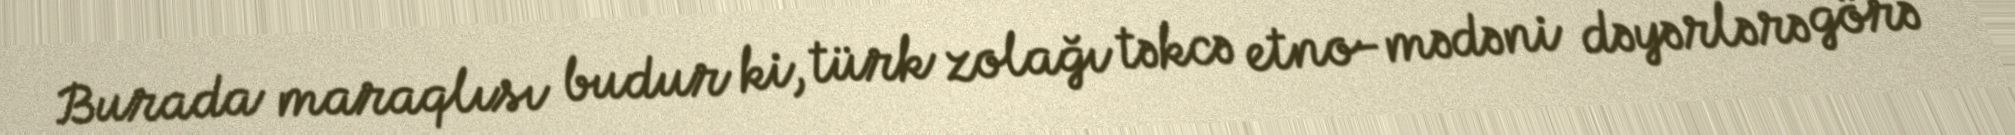
Burada maraqlısı budur ki, türk zolağı təkcə etno-mədəni dəyərlərə görə